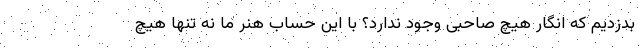
بدزدیم که انگار هیچ صاحبی وجود ندارد؟ با این حساب هنر ما نه تنها هیچ